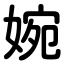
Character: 婉